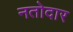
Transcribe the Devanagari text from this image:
नतोदार